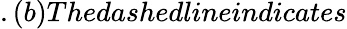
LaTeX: .(b)Thedashedlineindicates